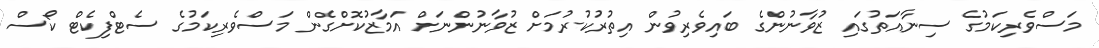
މަސްވެރިކަމުގެ ސިނާއަތުގައި ޒުވާނުންގެ ބައިވެރިވުން އިތުރުކުރުމަށް ޒުވާނުންނަށް އަމާޒުކޮށްގެން މަސްވެރިކަމުގެ ސެޓްފިކެޓް ކޯސް